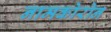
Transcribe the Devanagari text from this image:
नामकोरोन